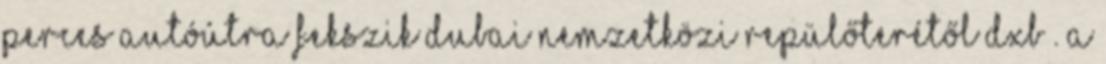
perces autóútra fekszik Dubai Nemzetközi Repülőterétől DXB . A